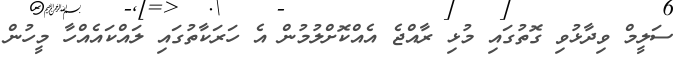
ސަލީމް ވިދާޅުވި ގޮތުގައި މުޅި ރާއްޖެ އެއްކޮށްލުމުން އެ ހަރަކާތުގައި ލައްކައެއްހާ މީހުން